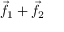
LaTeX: { \vec { f } } _ { 1 } + { \vec { f } } _ { 2 }